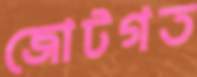
জোটগত